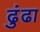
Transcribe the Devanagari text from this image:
ढुंढा